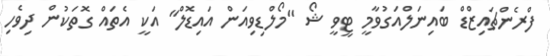
ފްރެންޗައިޒްޑް ބައިނަލްއަގުވާމީ ޓީވީ ޝޯ "މޯލްޑިވިއަން އައިޑޮލް" އަކީ އެތައް ގޮތަކުން ދިވެހި